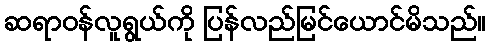
ဆရာဝန်လူရွယ်ကို ပြန်လည်မြင်ယောင်မိသည်။